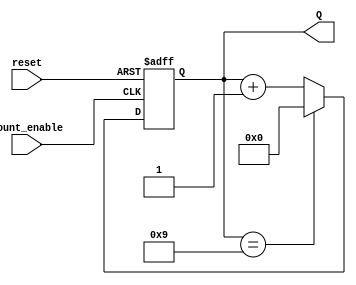
module bcd_async_counter (
    input wire count_enable,  // Input trigger to enable counting
    input wire reset,         // Active high reset signal
    output reg [3:0] Q        // 4-bit output for BCD count
);

// Asynchronous reset and counting logic
always @(posedge count_enable or posedge reset) begin
    if (reset) begin
        Q <= 4'b0000; // Reset the counter to 0000
    end else begin
        if (Q == 4'b1001) begin
            Q <= 4'b0000; // Reset to 0000 after reaching 1001
        end else begin
            Q <= Q + 1; // Increment the counter
        end
    end
end

endmodule